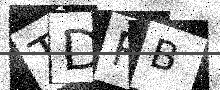
Text: TDRB